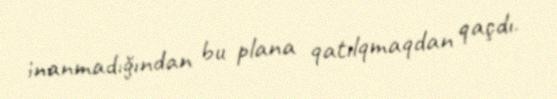
inanmadığından bu plana qatılqmaqdan qaçdı.